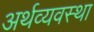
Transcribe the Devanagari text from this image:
अर्थव्यवस्‍था